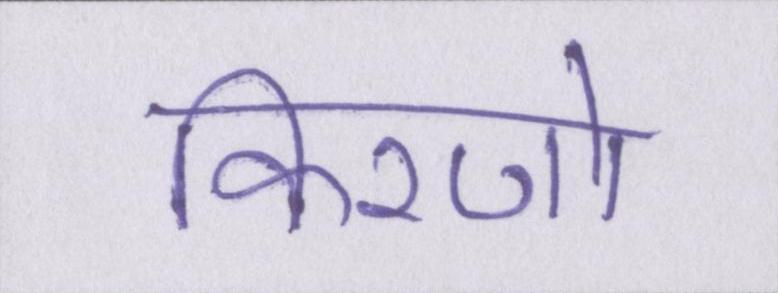
किरणो